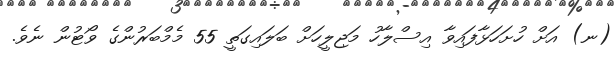
(ނ) އަށް ހުށަހަޅާފައިވާ އިސްލާހު މަޖިލީހަށް ބަލައިގަތީ 55 މެމްބަރުންގެ ވޯޓުން ނެވެ.